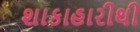
શાકાહારીથી